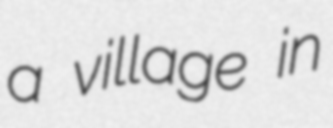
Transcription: a village in